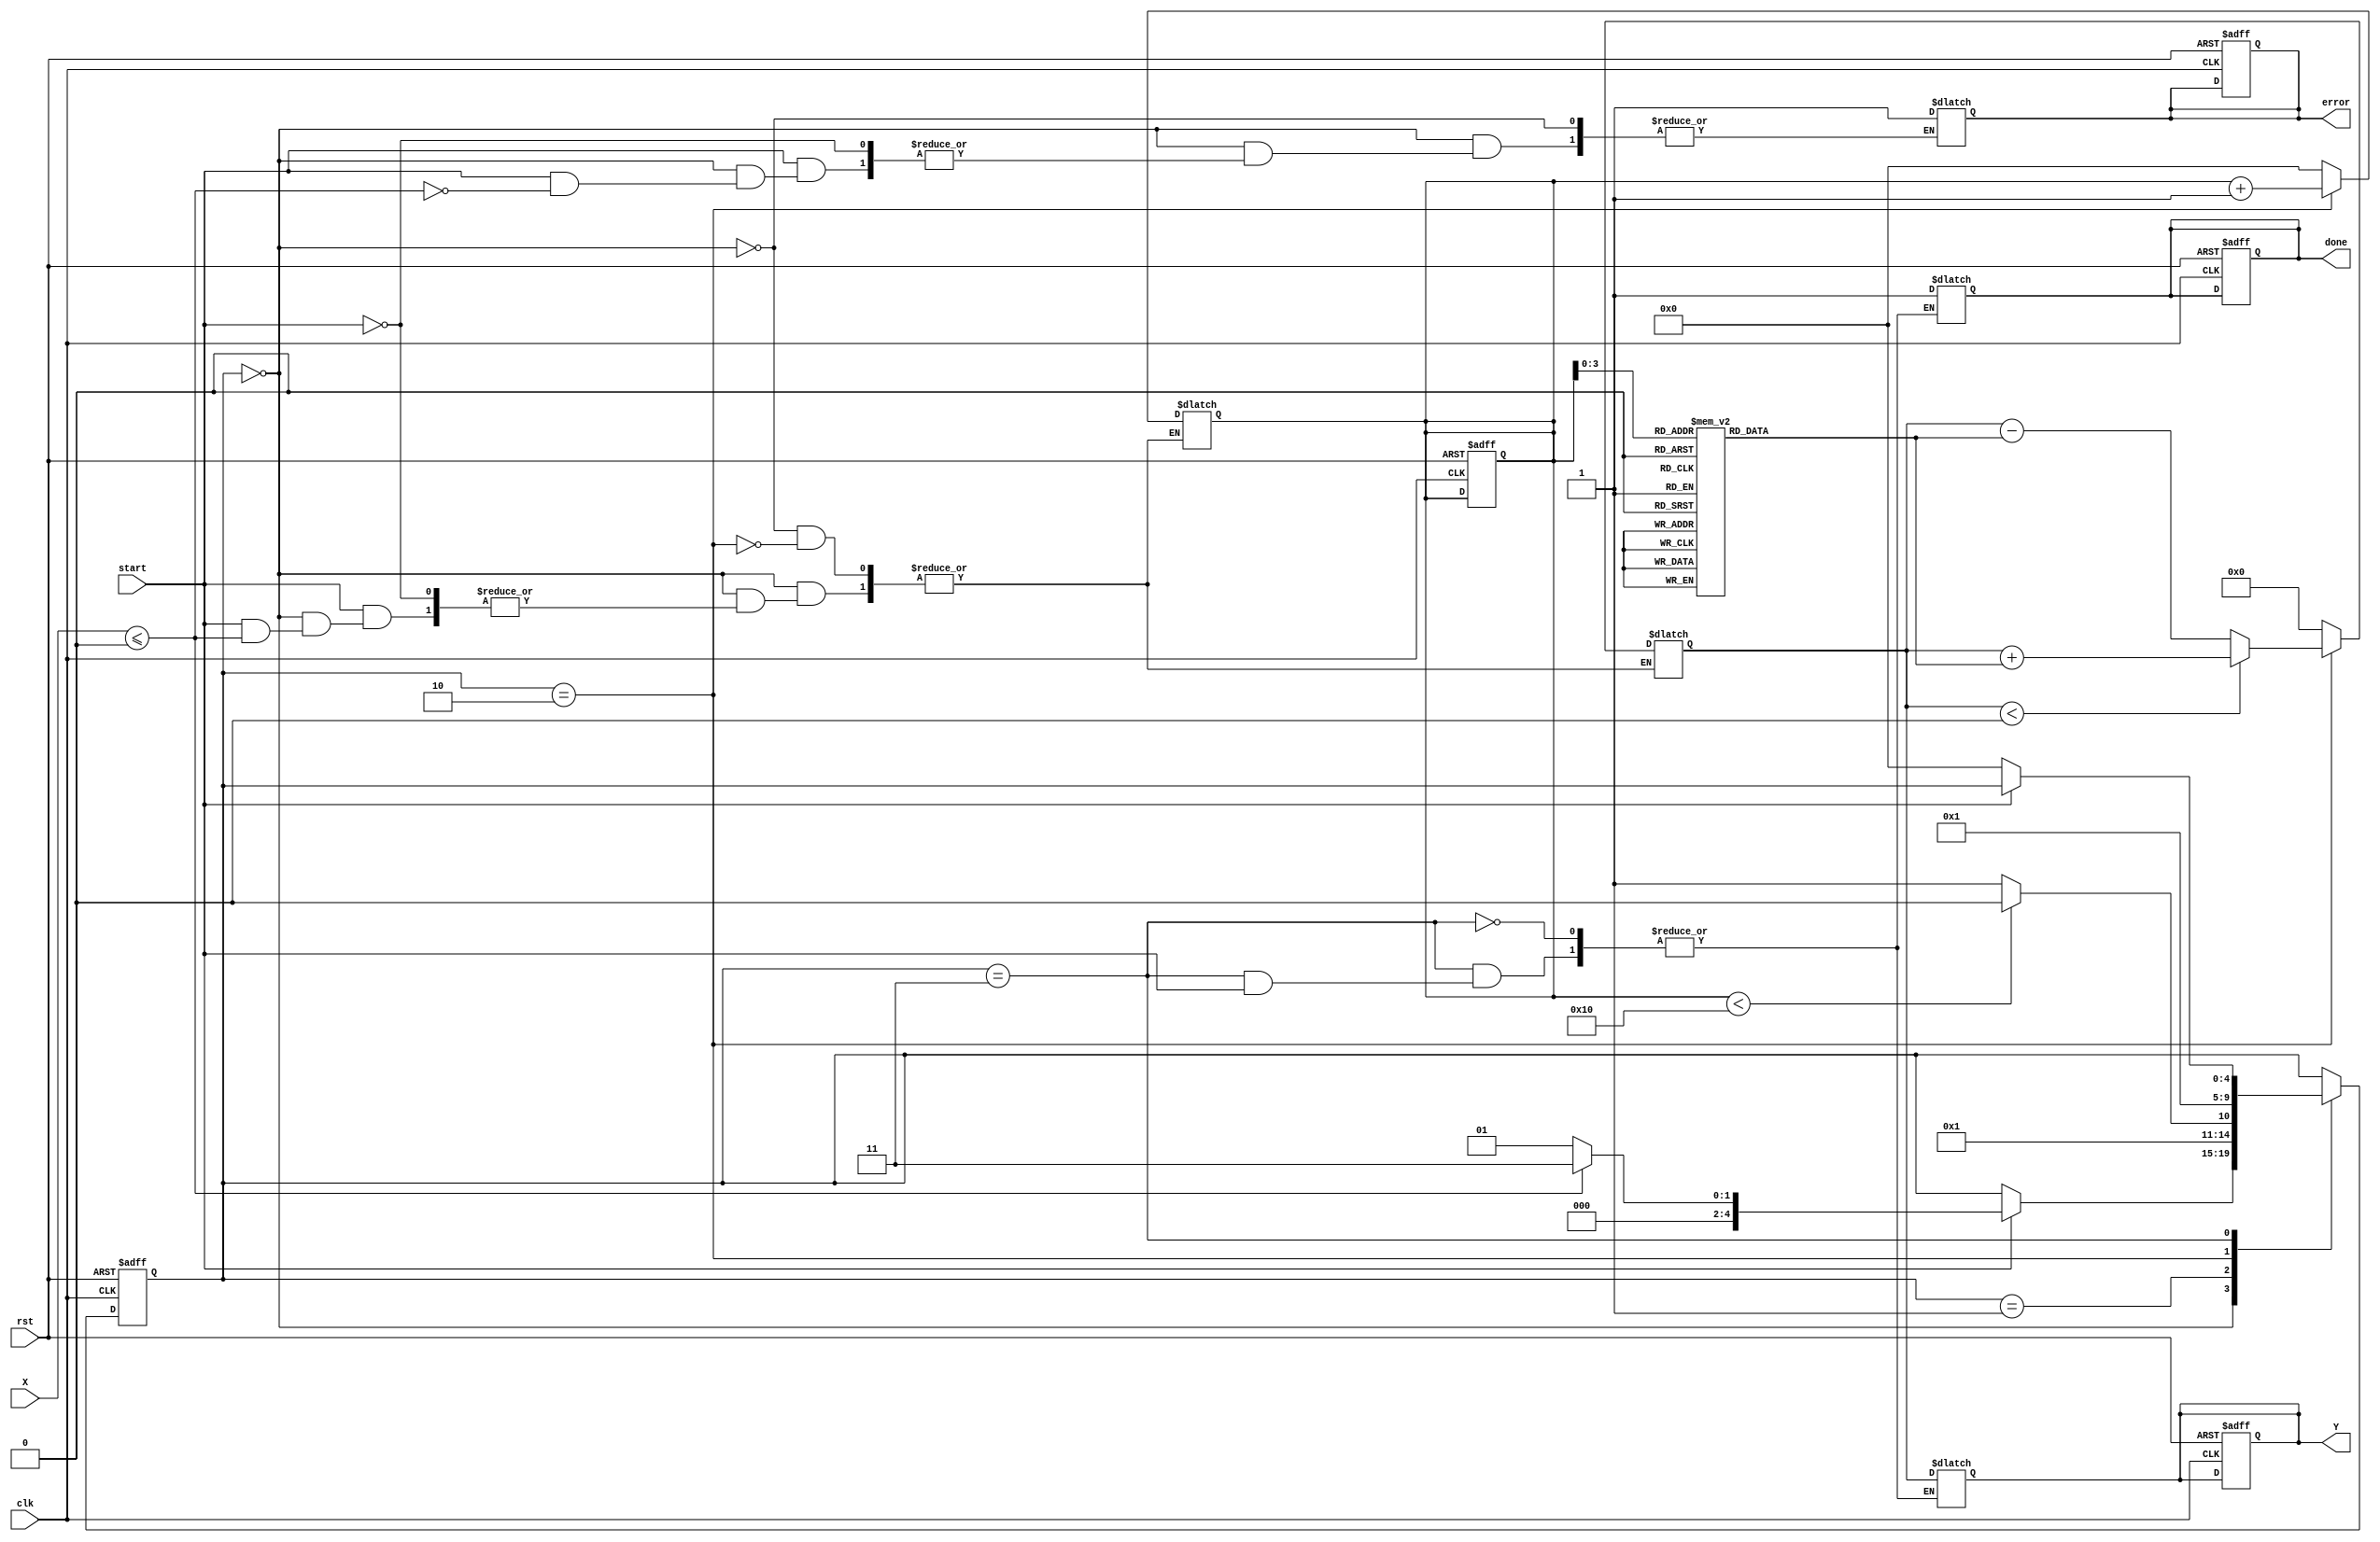
module cordic_logarithm #(
    parameter WIDTH = 32, // Bit-width for input and output
    parameter ITERATIONS = 16 // Number of CORDIC iterations
)(
    input wire clk,
    input wire rst,
    input wire start,
    input wire [WIDTH-1:0] X, // Input: positive floating-point number
    output reg [WIDTH-1:0] Y, // Output: logarithmic value
    output reg done,
    output reg error
);

    // Internal signals
    reg [WIDTH-1:0] x_curr, y_curr, z_curr;
    reg [WIDTH-1:0] angle_table [0:ITERATIONS-1]; // Lookup table for arctangent values
    reg [4:0] state, next_state;
    reg [4:0] iteration_count;

    // State encoding
    localparam IDLE = 0, INIT = 1, ITERATE = 2, DONE = 3;

    // Initialize arctangent values (in fixed-point format)
    initial begin
        angle_table[0] = 32'h00000000; // atan(1) = 0
        angle_table[1] = 32'h3F19999A; // atan(0.5) = 0.463647609
        angle_table[2] = 32'h3E4CCCCD; // atan(0.25) = 0.244978663
        // Add more values as needed for more iterations
    end

    // State machine
    always @(posedge clk or posedge rst) begin
        if (rst) begin
            state <= IDLE;
            done <= 0;
            error <= 0;
            iteration_count <= 0;
            Y <= 0;
        end else begin
            state <= next_state;
        end
    end

    // Next state logic
    always @(*) begin
        next_state = state;
        case (state)
            IDLE: begin
                if (start) begin
                    if (X <= 0) begin
                        error = 1; // Invalid input
                        next_state = DONE;
                    end else begin
                        x_curr = X;
                        y_curr = 0; // Initial y value
                        z_curr = 0; // Initial z value
                        iteration_count = 0;
                        next_state = INIT;
                    end
                end
            end
            INIT: begin
                if (iteration_count < ITERATIONS) begin
                    next_state = ITERATE;
                end else begin
                    next_state = DONE;
                end
            end
            ITERATE: begin
                // CORDIC rotation logic
                if (z_curr < 0) begin
                    x_curr = x_curr + (y_curr >>> iteration_count);
                    y_curr = y_curr - (x_curr >>> iteration_count);
                    z_curr = z_curr + angle_table[iteration_count];
                end else begin
                    x_curr = x_curr - (y_curr >>> iteration_count);
                    y_curr = y_curr + (x_curr >>> iteration_count);
                    z_curr = z_curr - angle_table[iteration_count];
                end
                iteration_count = iteration_count + 1;
                next_state = INIT;
            end
            DONE: begin
                if (!start) begin
                    done = 1;
                    Y = z_curr; // Output the logarithmic value
                    next_state = IDLE;
                end
            end
        endcase
    end

endmodule